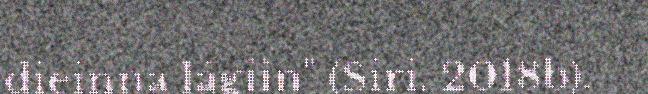
dieinna lágiin" (Siri, 2018b).